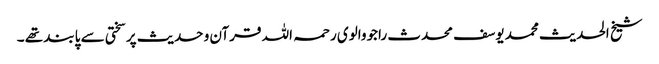
شیخ الحدیث محمد یوسف محدث راجووالوی رحمہ اللہ قرآن و حدیث پر سختی سے پابند تھے ۔